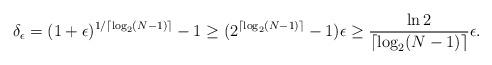
LaTeX: \begin{align*}\delta_\epsilon = (1+\epsilon)^{1/ \lceil \log_2 (N-1) \rceil } - 1 \ge ( 2^{ \lceil \log_2 (N-1) \rceil} - 1) \epsilon \ge \frac{\ln 2}{ \lceil \log_2 (N-1) \rceil} \epsilon.\end{align*}